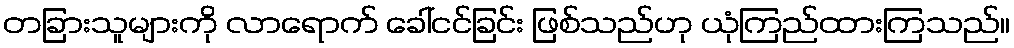
တခြားသူများကို လာရောက် ခေါ်ငင်ခြင်း ဖြစ်သည်ဟု ယုံကြည်ထားကြသည်။